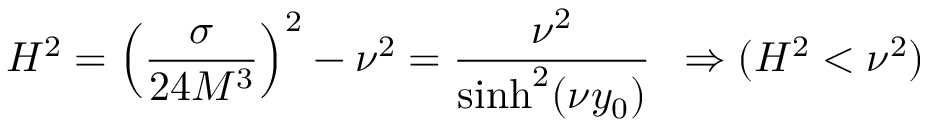
H ^ { 2 } = \left( \frac { \sigma } { 2 4 M ^ { 3 } } \right) ^ { 2 } - \nu ^ { 2 } = \frac { \nu ^ { 2 } } { \sinh ^ { 2 } ( \nu y _ { 0 } ) } \, \, \, \Rightarrow ( H ^ { 2 } < \nu ^ { 2 } )